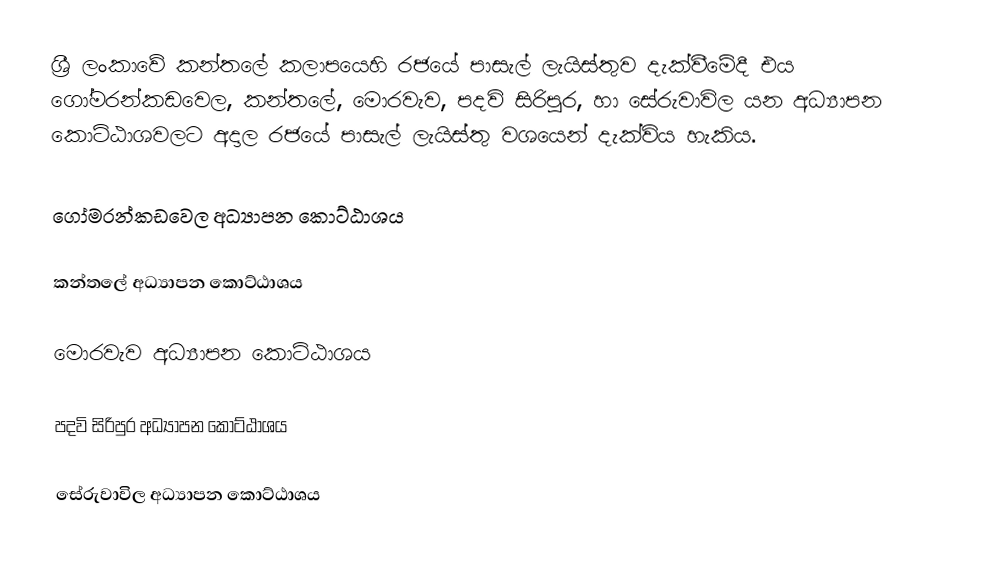
ශ්‍රී ලංකාවේ කන්තලේ කලාපයෙහි රජයේ පාසැල් ලැයිස්තුව  දැක්වීමේදී  එය ගෝමරන්කඩවෙල, කන්තලේ, මොරවැව, පදවි  සිරිපුර, හා සේරුවාවිල යන අධ්‍යාපන කොට්ඨාශවලට අදාල රජයේ පාසැල් ලැයිස්තු වශයෙන් දැක්විය හැකිය.

ගෝමරන්කඩවෙල අධ්‍යාපන කොට්ඨාශය

කන්තලේ අධ්‍යාපන කොට්ඨාශය

මොරවැව අධ්‍යාපන කොට්ඨාශය

පදවි සිරිපුර අධ්‍යාපන කොට්ඨාශය

සේරුවාවිල අධ්‍යාපන කොට්ඨාශය